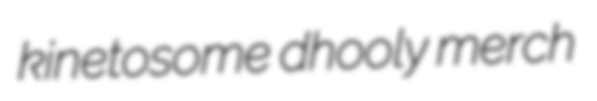
kinetosome dhooly merch